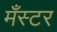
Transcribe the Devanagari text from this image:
मँस्टर